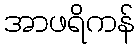
အာဖရိကန်